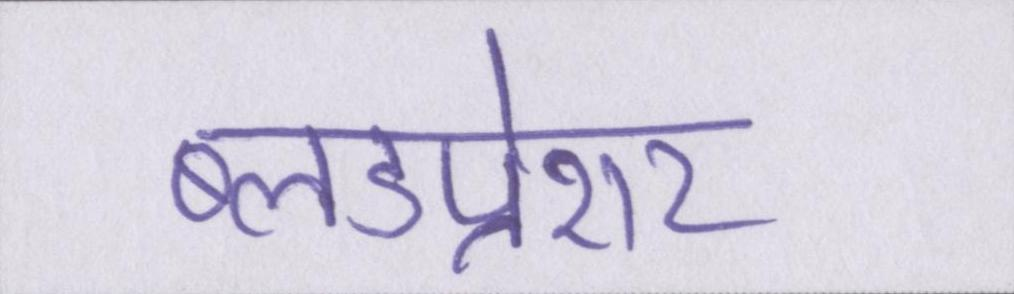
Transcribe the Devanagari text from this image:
ब्लडप्रेशर